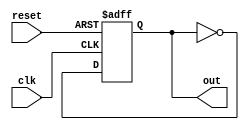
module async_reset (
    input wire clk,          // Clock signal
    input wire reset,        // Asynchronous reset signal
    output reg out           // Output signal
);

// Predefined reset value
parameter RESET_VALUE = 0;

always @(posedge clk or posedge reset) begin
    if (reset) begin
        // Asynchronous reset condition
        out <= RESET_VALUE; // Set output to reset value immediately
    end else begin
        // Normal operation on clock edge
        // Here you can define the logic for updating 'out'
        // For example, let's just toggle 'out' for illustration
        out <= ~out; // Example: Toggle out on each clock cycle
    end
end

endmodule